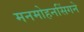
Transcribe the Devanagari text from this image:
मनमोहनसिंगने